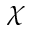
\chi